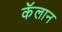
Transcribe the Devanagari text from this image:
कॅलान